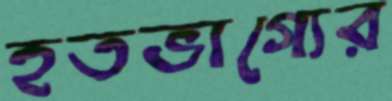
হতভাগ্যের